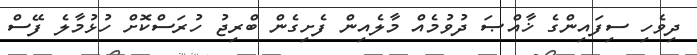
ދިވެހި ސިފައިންގެ ޚާއްޞަ ދުވުމެއް މާލެއިން ފެށިގެން ބްރިޖު ހުރަސްކޮށް ހުޅުމާލެ ފޭސް